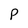
Character: p